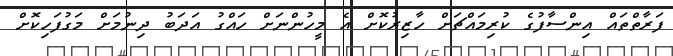
ފަރާތްތައް އިންސާފުގެ ކުރިމައްޗަށް ހާޒިރުކޮށް އެ މީހުންނަށް ހައްގު އަދަބު ދިނުމަށް މަގުފަހިކޮށް